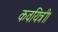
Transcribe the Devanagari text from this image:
कवयित्री।